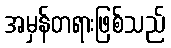
အမှန်တရားဖြစ်သည်